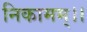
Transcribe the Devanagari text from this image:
निकामम्।।